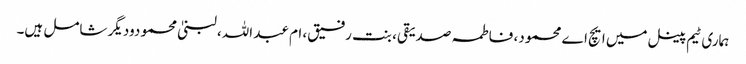
ہماری ٹیم پینل میں ایچ اے محمود، فاطمہ صدیقی، بنت رفیق، ام عبد اللہ، لبنیٰ محمودودیگر شامل ہیں۔